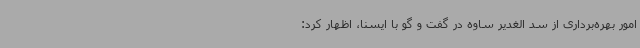
امور بهره‌برداری از سد الغدیر ساوه در گفت و گو با ایسنا، اظهار کرد: